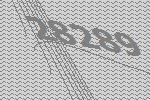
28289